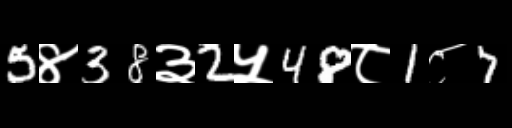
Text: 5४38३2५48८1८7